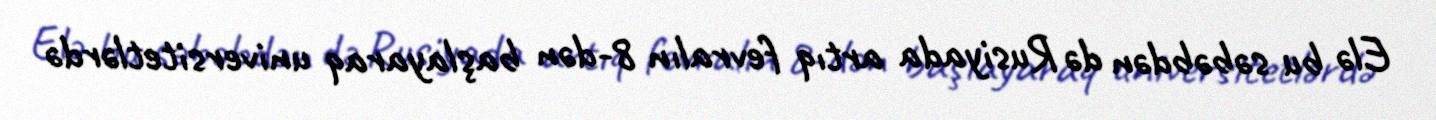
Elə bu səbəbdən də Rusiyada artıq fevralın 8-dən başlayaraq universitetlərdə